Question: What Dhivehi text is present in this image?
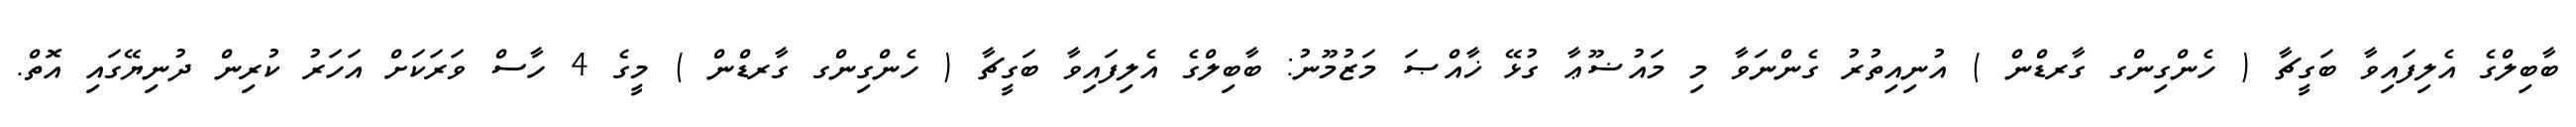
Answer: ބާބިލްގެ އެލިފައިވާ ބަގީޗާ ( ހެންގިންގ ގާރޑްން ) އުނިއިތުރު ގެންނަވާ މި މައުޟޫޢާ ގުޅޭ ޚާއްޞަ މަޒުމޫނު: ބާބިލްގެ އެލިފައިވާ ބަގީޗާ ( ހެންގިންގ ގާރޑްން ) މީގެ 4 ހާސް ވަރަކަށް އަހަރު ކުރިން ދުނިޔޭގައި އޮތް.